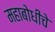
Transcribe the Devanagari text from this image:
महाबोधीचे